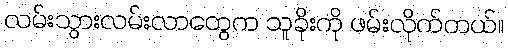
လမ်းသွားလမ်းလာတွေက သူခိုးကို ဖမ်းလိုက်တယ်။